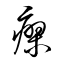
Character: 瘳